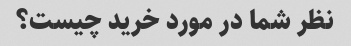
نظر شما در مورد خرید چیست؟